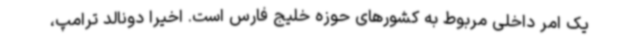
یک امر داخلی مربوط به کشورهای حوزه خلیج فارس است. اخیراً دونالد ترامپ،